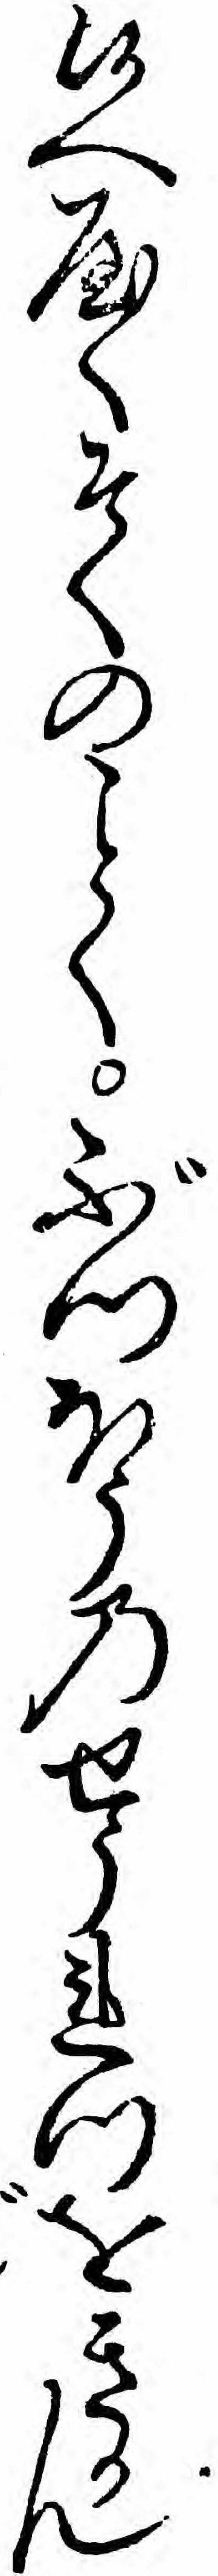
候へやくそくのくぶつほうのせうれつをきかん